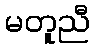
မတူညီ